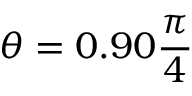
\theta = 0 . 9 0 { \frac { \pi } { 4 } }